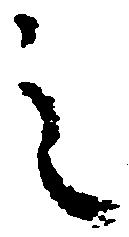
之